Civil Veterinary Department. Madras. Admin. report 1926-33 - 1926-1933
Year: 1926
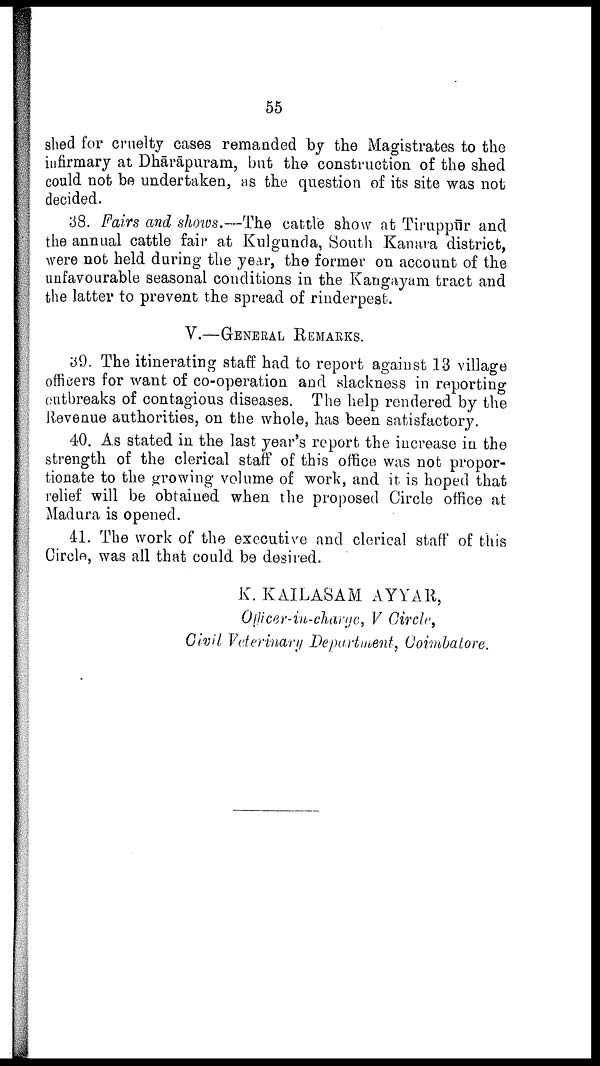
55
shed for cruelty oases remanded by the Magistrates to the
infirmary at Dhārāpuram, but the construction of the shed
could not be undertaken, as the question of its site was not
decided.
38. Fairs and shows.—The cattle show at Tiruppūr and
the annual cattle fair at Kulgunda, South Kanara district,
were not held during the year, the former on account of the
unfavourable seasonal conditions in the Kangayam tract and
the latter to prevent the spread of rinderpest.
V.—GENERAL REMARKS.
a9. The itinerating staff had to report against 13 village
officers for want of co-operation and slackness in reporting
outbreaks of contagious diseases. The help rendered by the
Revenue authorities, on the whole, has been satisfactory.
40. As stated in the last year's report the increase in the
strength of the clerical staff of this office was not propor
tionate to the growing volume of work, and it is hoped that
relief will be obtained when the proposed Circle office at
Madura is opened.
41. The work of the executive and clerical staff of this
Circle, was all that could be desired.
K. KAILASAM AYYAR,
Othicer-in-charge, V Circle,
Civil Veterinary Department, Coimbatore.